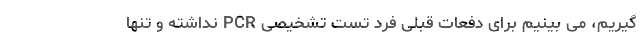
گیریم، می بینیم برای دفعات قبلی فرد تست تشخیصی PCR نداشته و تنها